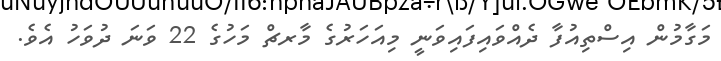
މަގާމުން އިސްތިއުފާ ދެއްވައިފައިވަނީ މިއަހަރުގެ މާރޗް މަހުގެ 22 ވަނަ ދުވަހު އެވެ.